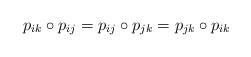
LaTeX: \begin{align*}p_{ik} \circ p_{ij} = p_{ij} \circ p_{jk} = p_{jk} \circ p_{ik} \end{align*}